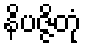
နိပဇ္ဇိတုံ